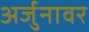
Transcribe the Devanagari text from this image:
अर्जुनावर